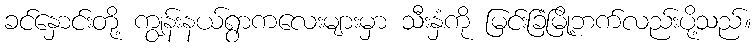
ခင်နှောင်းတို့ ကျွန်းနယ်ရွာကလေးများမှာ သီးနှံကို မြင်းခြံမြို့ဘက်လည်းပို့သည်။